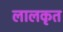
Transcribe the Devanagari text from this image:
लालकृत